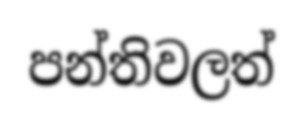
පන්තිවලත්